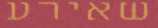
שאירע